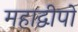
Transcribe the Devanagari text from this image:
महाद्वीपो